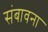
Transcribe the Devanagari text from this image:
संबावना